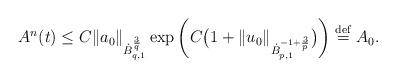
LaTeX: \begin{align*}A^n(t)\leq C\|a_0\|_{\dot{B}_{q,1}^{\frac3q}}\exp\left(C\big(1+\|u_0\|_{\dot{B}_{p,1}^{-1+\frac3p}}\big)\right)\stackrel{\mathrm{def}}{=}A_0.\end{align*}